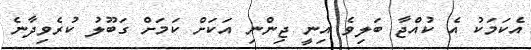
އެކަމަކު އެ ކުއްޖާ ބަލިވެ އިނީ ޖިންނި އަކަށް ކަމަށް ގަބޫލު ކުރެވިދާނެ